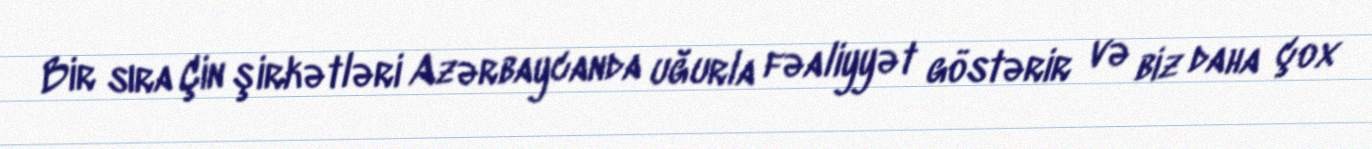
Bir sıra Çin şirkətləri Azərbaycanda uğurla fəaliyyət göstərir və biz daha çox